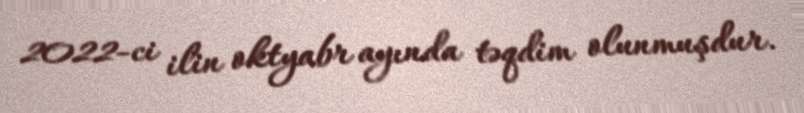
2022-ci ilin oktyabr ayında təqdim olunmuşdur.